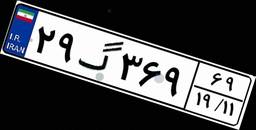
۲۹گ۳۶۹۶۹